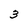
Character: 3